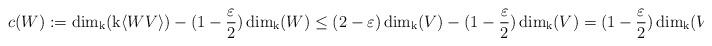
LaTeX: \begin{align*}c(W):=\dim_{\mathrm{k}}(\mathrm{k}\langle WV \rangle)-(1-\frac{\varepsilon}{2})\dim_{\mathrm{k}}(W)\leq(2-\varepsilon)\dim_{\mathrm{k}}(V)-(1-\frac{\varepsilon}{2})\dim_{\mathrm{k}}(V)=(1-\frac{\varepsilon}{2})\dim_{\mathrm{k}}(V).\end{align*}